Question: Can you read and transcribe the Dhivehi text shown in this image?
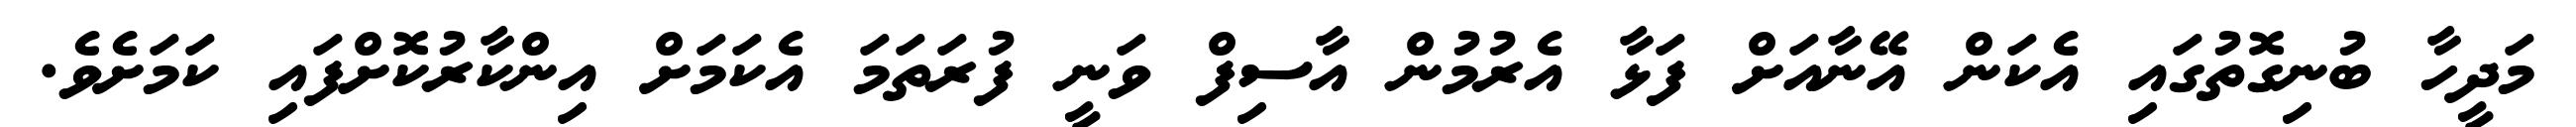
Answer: މަދީހާ ބުނިގޮތުގައި އެކަން އޭނާއަށް ފަޅާ އެރުމުން އާސިފް ވަނީ ފުރަތަމަ އެކަމަށް އިންކާރުކޮށްފައި ކަމަށެވެ.